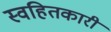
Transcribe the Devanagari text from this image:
स्वहितकारी